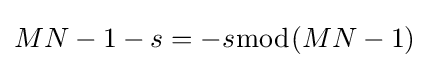
MN-1-s=-s{\bmod {(}}MN-1)